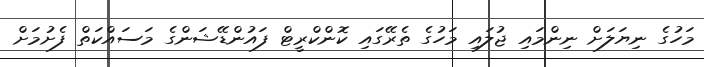
މަހުގެ ނިޔަލަށް ނިންމައި ޖުލައި މަހުގެ ތެރޭގައި ކޮންކްރީޓް ފައުންޑޭޝަންގެ މަސައްކަތް ފެށުމަށް